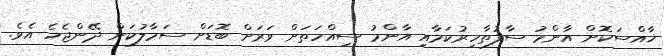
ޚާއްސަކޮށް އާންމު ސާފުތާހިރުކަމާއި އާންމު ސިއްހަތަށް ވަރަށް ބޮޑަށް ސަމާލުކަން ދޭންޖެހެ އެވެ.